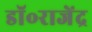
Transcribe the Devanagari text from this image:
डॉ॰राजेंद्र